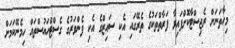
މިހާތަނަށް ރެޖިސްޓާކޮށްފައިވާ ފަރާތްތަކުގެ ތެރޭގައި އެކި ސައިޒްގެ އެކި ފެންވަރުގެ ގެސްޓްހައުސްތައް ހިމެނޭކަމަށް